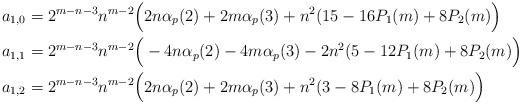
LaTeX: \begin{align*}a_{1,0} &= 2^{m-n-3}n^{m-2}\Big(2n\alpha_p(2) + 2m\alpha_p(3) + n^2(15 - 16 P_1(m) + 8 P_2(m) \Big) \\a_{1,1} &= 2^{m-n-3}n^{m-2}\Big(-4n\alpha_p(2) - 4m\alpha_p(3) - 2 n^2(5 - 12 P_1(m) + 8 P_2(m) \Big) \\a_{1,2} &= 2^{m-n-3}n^{m-2}\Big(2n\alpha_p(2) + 2m\alpha_p(3) + n^2(3 - 8 P_1(m) + 8 P_2(m) \Big) \\\end{align*}